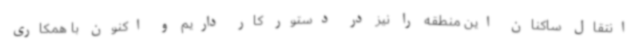
انتقال ساکنان این منطقه را نیز در دستور کار داریم و اکنون با همکاری